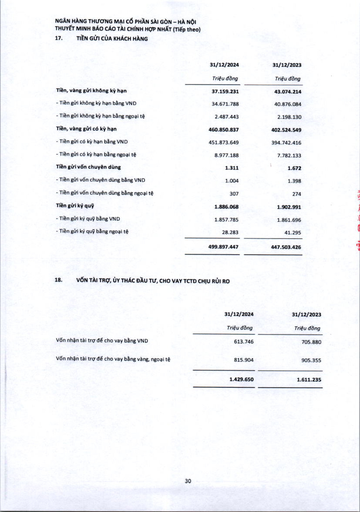
||31/12/2024|31/12/2023| |---|---|---| ||Triệu đồng|Triệu đồng| |Tiền, vàng gửi không kỳ hạn|37.159.231|43.074.214| |- Tiền gửi không kỳ hạn bằng VND|34.671.788|40.876.084| |- Tiền gửi không kỳ hạn bằng ngoại tệ|2.487.443|2.198.130| |Tiền, vàng gửi có kỳ hạn|460.850.837|402.524.549| |- Tiền gửi có kỳ hạn bằng VND|451.873.649|394.742.416| |- Tiền gửi có kỳ hạn bằng ngoại tệ|8.977.188|7.782.133| |Tiền gửi vốn chuyên dùng|1.311|1.672| |- Tiền gửi vốn chuyên dùng bằng VND|1.004|1.398| |- Tiền gửi vốn chuyên dùng bằng ngoại tệ|307|274| |Tiền gửi ký quỹ|1.886.068|1.902.991| |- Tiền gửi ký quỹ bằng VND|1.857.785|1.861.696| |- Tiền gửi ký quỹ bằng ngoại tệ|28.283|41.295| ||499.897.447|447.503.426| ||31/12/2024|31/12/2023| |---|---|---| ||Triệu đồng|Triệu đồng| |Vốn nhận tài trợ để cho vay bằng VND|613.746|705.880| |Vốn nhận tài trợ để cho vay bằng vàng, ngoại tệ|815.904|905.355| ||1.429.650|1.611.235|